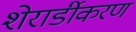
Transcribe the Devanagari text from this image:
शेरार्डीकरण